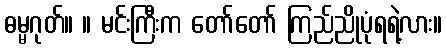
ဓမ္မဂုတ်။ ။ မင်းကြီးက တော်တော် ကြည်ညိုပုံရရဲ့လား။